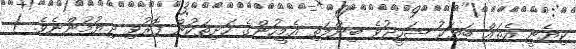
ކިޔެނީ އެތައް ބަޔަކު ޝަހީދުވެ ބިންމަތި އެމީހުންގެ ހަށިތަކުން ފޮރުވި ދިޔުމުންނެވެ. )